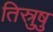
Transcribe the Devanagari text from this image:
तिस्रुषु